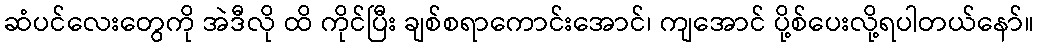
ဆံပင်လေးတွေကို အဲဒီလို ထိ ကိုင်ပြီး ချစ်စရာကောင်းအောင်၊ ကျအောင် ပို့စ်ပေးလို့ရပါတယ်နော်။